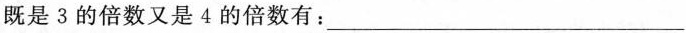
既是3的倍数又是4的倍数有：___